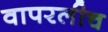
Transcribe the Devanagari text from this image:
वापरलीच